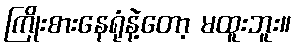
ကြိုးစားနေရုံနဲ့တော့ မထူးဘူး။